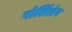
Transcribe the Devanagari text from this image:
पोसिंलेन